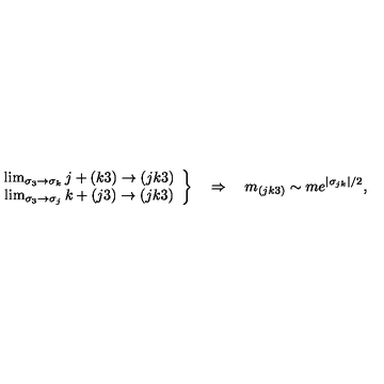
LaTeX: \left. \begin{array} { c } { \lim _ { \sigma _ { 3 } \rightarrow \sigma _ { k } } j + ( k 3 ) \rightarrow ( j k 3 ) } \\ { \lim _ { \sigma _ { 3 } \rightarrow \sigma _ { j } } k + ( j 3 ) \rightarrow ( j k 3 ) } \\ \end{array} \right\} \quad \Rightarrow \quad m _ { ( j k 3 ) } \sim m e ^ { \left| \sigma _ { j k } \right| / 2 } ,